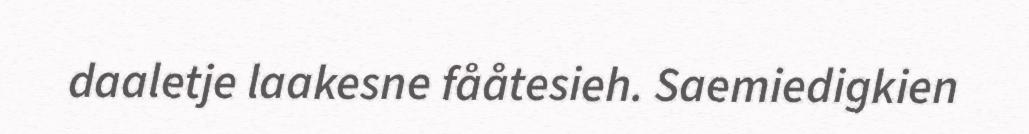
daaletje laakesne fååtesieh. Saemiedigkien